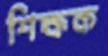
শিক্ষক